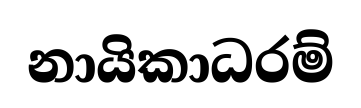
නායිකාධරම්